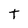
Character: t